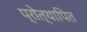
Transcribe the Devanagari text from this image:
प्रोत्थापित